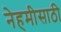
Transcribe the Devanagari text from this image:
नेहमीसाठी